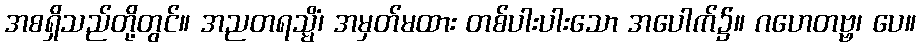
အစရှိသည်တို့တွင်။ အညတရသ္မိံ၊ အမှတ်မထား တစ်ပါးပါးသော အပေါက်၌။ ဂဟေတဗ္ဗ၊ ပေ။